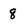
Character: 8